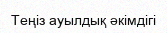
Теңіз ауылдық әкімдігі